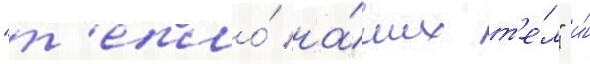
"т'епло́ на́ших т'е́л" и́